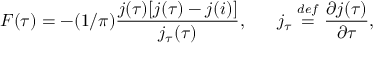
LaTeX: F ( \tau ) = - ( 1 / \pi ) \frac { j ( \tau ) [ j ( \tau ) - j ( i ) ] } { j _ { \tau } ( \tau ) } , \; \; \; \; \; \; j _ { \tau } \stackrel { d e f } { = } \frac { \partial j ( \tau ) } { \partial \tau } ,